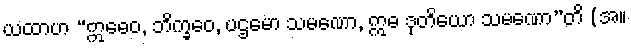
ယထာဟ “ဣဓေဝ, ဘိက္ခဝေ, ပဌမော သမဏော, ဣဓ ဒုတိယော သမဏော”တိ (အ။